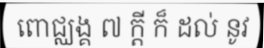
ពោជ្ឈង្គ ៧ ក្តី ក៏ ដល់ នូវ